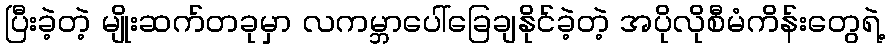
ပြီးခဲ့တဲ့ မျိုးဆက်တခုမှာ လကမ္ဘာပေါ်ခြေချနိုင်ခဲ့တဲ့ အပိုလိုစီမံကိန်းတွေရဲ့